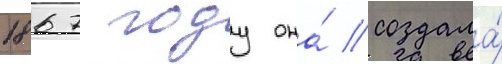
1867 году она́ создала́